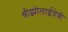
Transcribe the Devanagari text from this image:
श्रीझोलाईदेवी